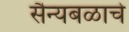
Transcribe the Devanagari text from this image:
सैन्यबळाचे